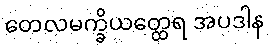
တေလမက္ခိယတ္ထေရ အပဒါန